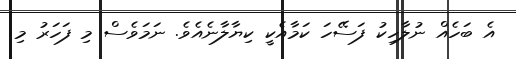
އެ ބަހެއް ނުލާހިކު ފަސޭހަ ކަމާއެކީ ކިޔާލާނެއެވެ. ނަމަވެސް މި ފަހަރު މި